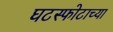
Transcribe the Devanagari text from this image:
घटस्फोटाच्या